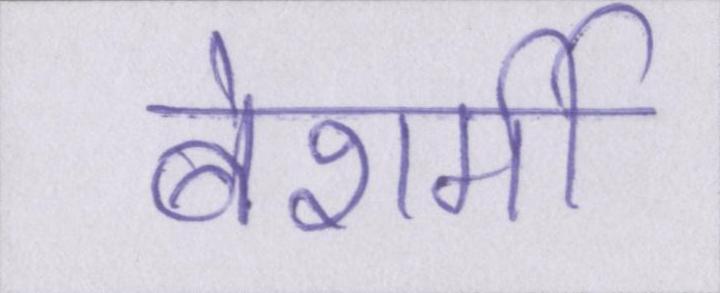
बेशर्मी